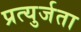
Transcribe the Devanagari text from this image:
प्रत्युर्जता